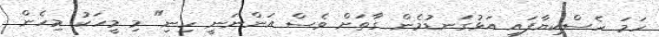
ހަމަ ހެސްކިޔާފައި އަޅުގަނޑުމެން ގާތަށް ވެސް އަންނަނީ ހިނި" މި މީހަކު މިހެން